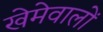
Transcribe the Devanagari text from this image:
खेमेवालों